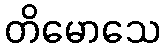
တိမောသေ